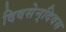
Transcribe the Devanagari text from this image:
दिवसेन्‌दिवस